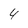
Character: 4